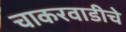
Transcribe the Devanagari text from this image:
चाकरवाडीचे